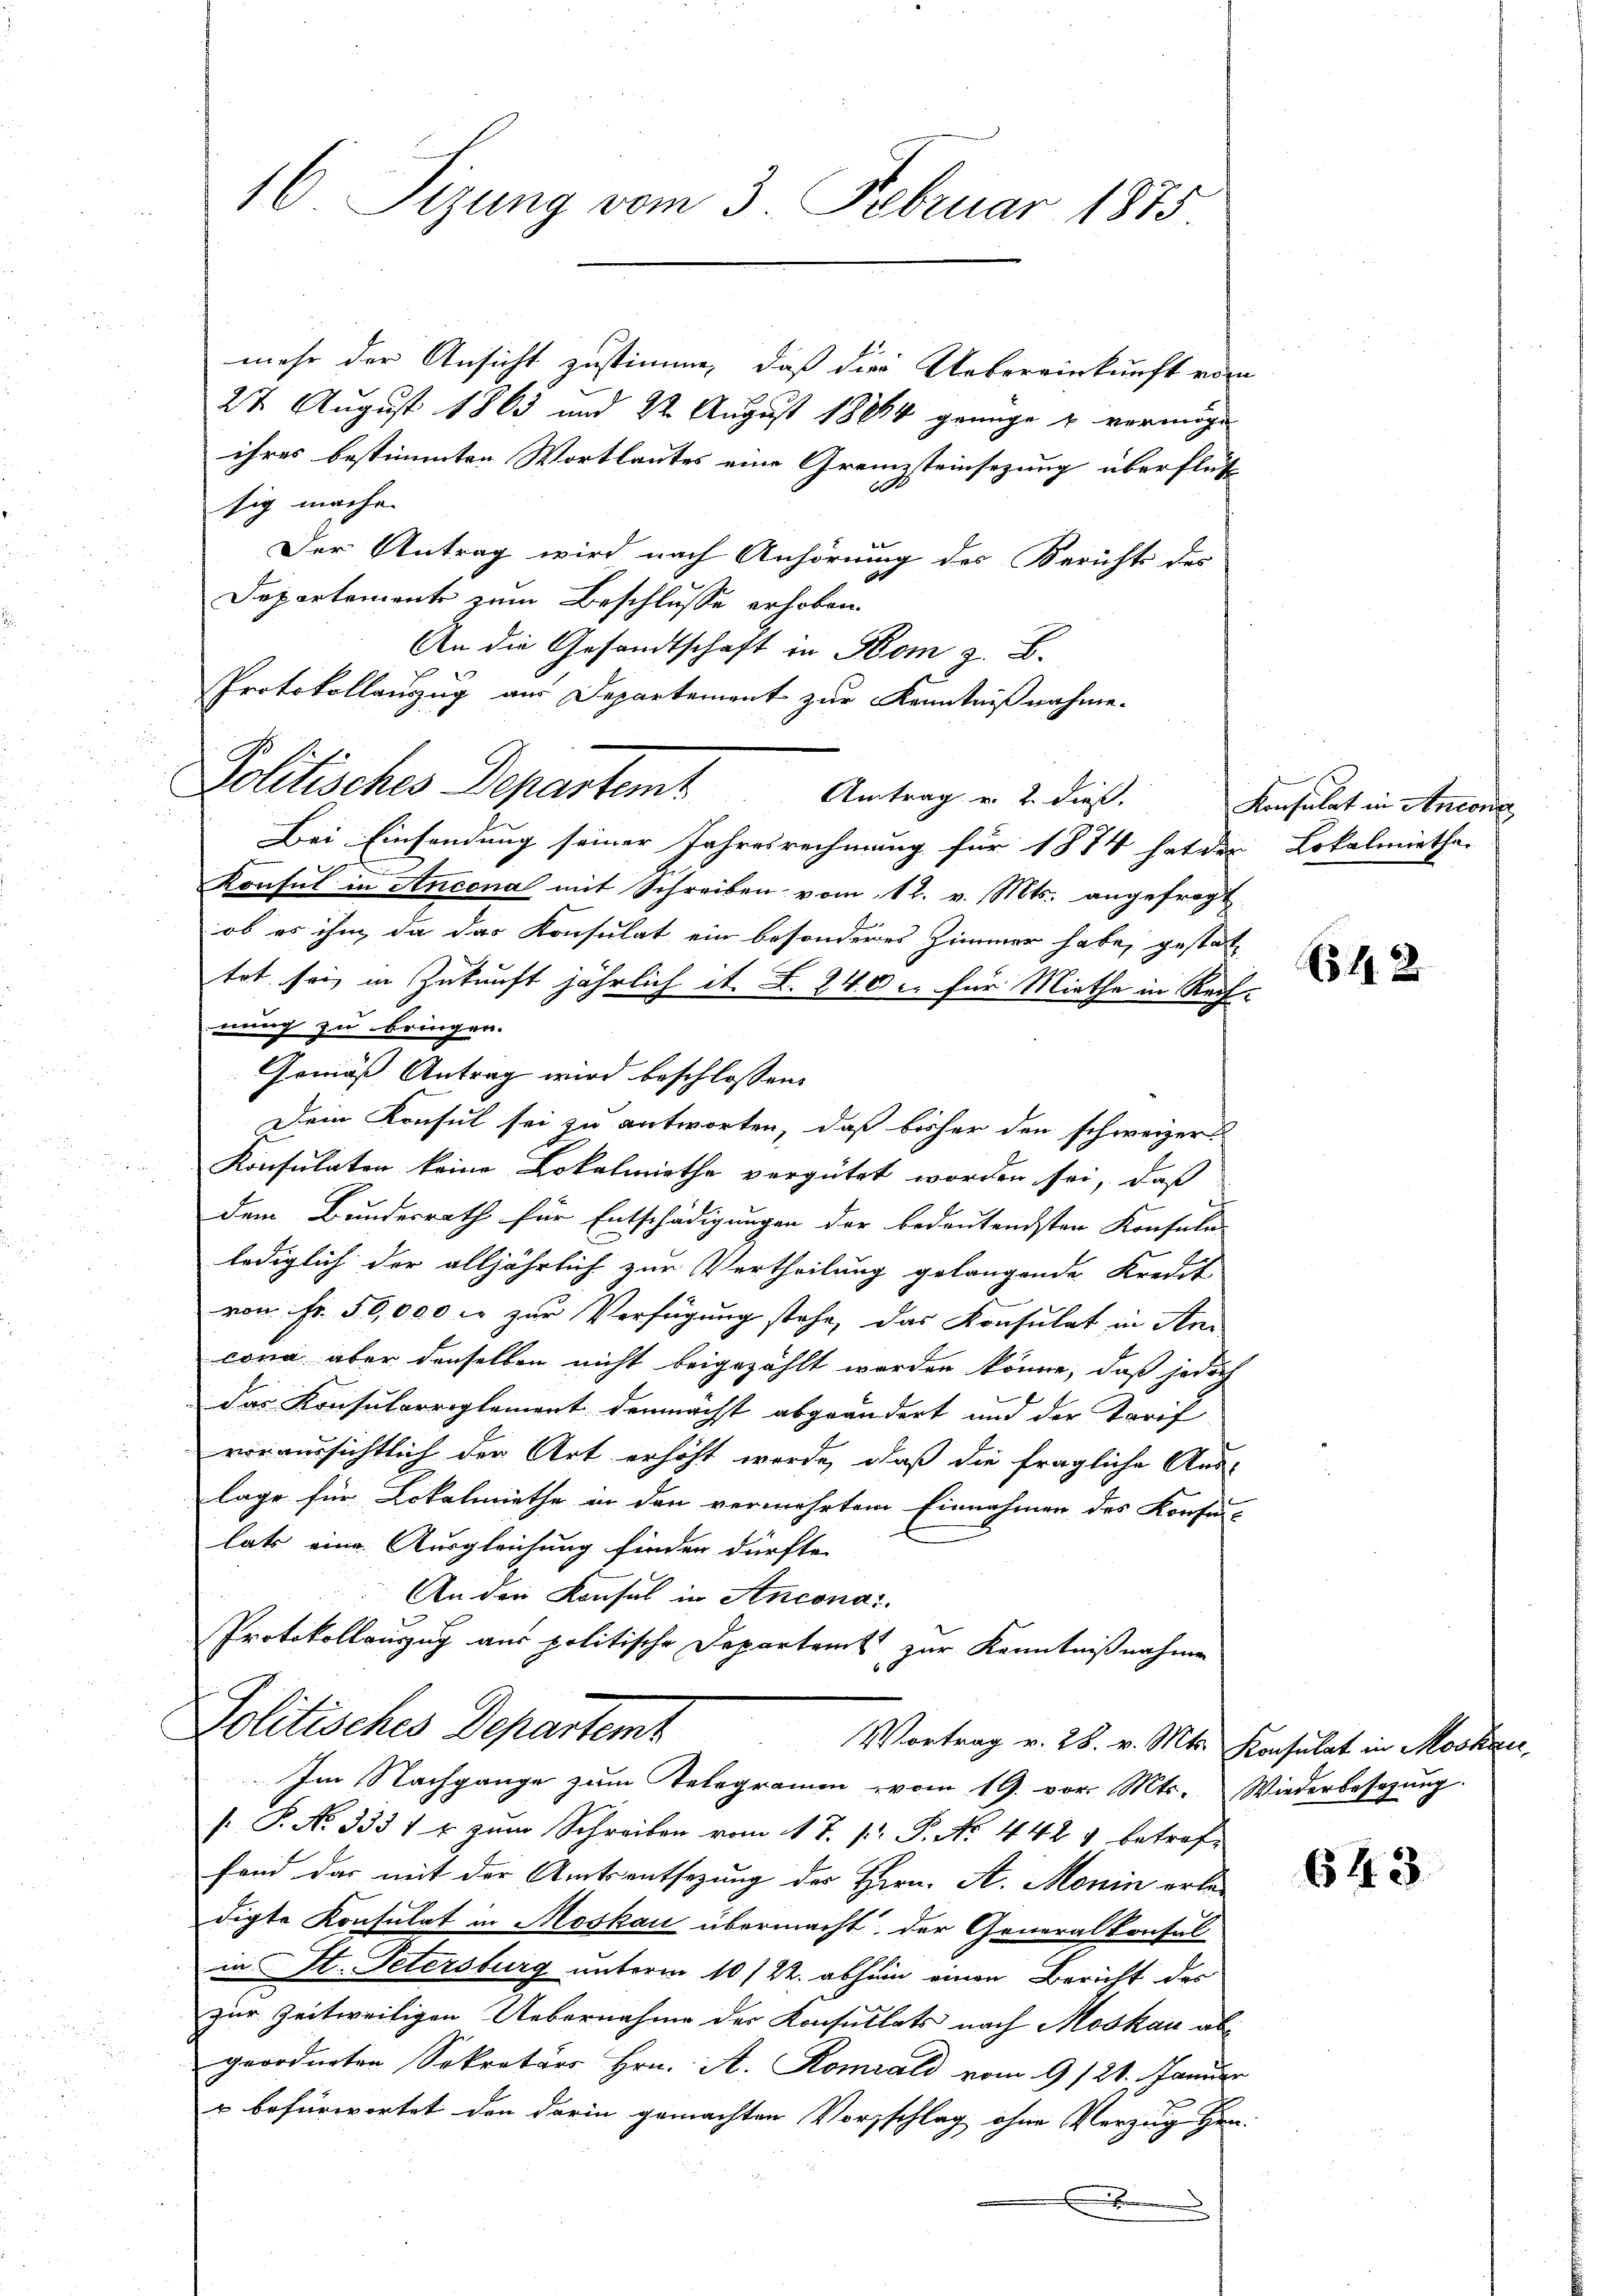
mehr der Ansicht zustimme, daß die Uebereinkunft vom
27 August 1863 und 22. August 18864 genüge & vermöge
ihres bestimmten Wortlautes eine Grenzsteinsezung überflütt
sig mache.
Der Antrag wird nach Anhörung des Berichts des
Departement zum Beschlusse erhoben.
An die Gesandtschaft in Som z. B.
Protokollanzug aus Departement zur Kenntnißnahme.
Politisches Departemt
Antrag u. 2. dieß.
Bei Einsendung seiner Jahresrechnung für 1874 hat der Lokalmiethe
Konsul in Ancona mit Schreiben vom 12. v. Mts. angefragt
ob es ihm, da das Konsulat ein besonderes Zimmer habe, gestattet sei, in Zukunft jährlich it. B. 240 u. für Miethe in Rechnung zu bringen.
Gemäß Antrag wird beschlossen:
Dein Konsul sei zu antworten, daß bisher den schweizer
Konsulaten keine Lokalmiethe vergütet worden sei, daß
dem Bundesrath für Entschädigungen der bedeutendsten Konsule-
lediglich der alljährlich zur Vertheilung gelangende Kredit
von Fr. 50,000 fr zur Verfügung stehe, das Konsulat in An-
cona aber denselben nicht beigezählt werden könne, daß jedoch
das Konsularreglement demnächst abgeändert und der Tarif
voraussichtlich der Art erhöht werde, daß die fragliche Aus-
lage für Lokalmiethe in den vermehrtem Einnahmen des Konfelatz eine Ausgleichung finden dürfte.
An den Konsul in Anconat
Protokollauszug aus politische Departamt zur Kenntnißnahme
Politisches Departemt
Vortrag v. 28. v. Mts. Konsulat in Moskau
Im Nachgange zum Telegramm vom 19. vor. Mts. Wiederbesetzung.
[. P. No. 333 fr zum Schreiben vom 11 J. P. P. No. 442 4 betrof-
fand das mit der Amtsentsetzung der Herrn. A. Monin erle-
digte Konsulat in Moskau übermacht, der Generalkonsul
in St. Petersburg unterm 10/22. abhin einen Bericht der
zur Zeitweiligen Uebernahme der Konsultats nach Moskau ab-
geordneten Sokrators Hrn. A. Komiali vom 9/21. Januar
r befürwortet den darin gemachten Vorschlag ohne Verzug Hen
.

16 Sizung vom 3. Februar 1875.

Konsulat in Antona

1542

643.